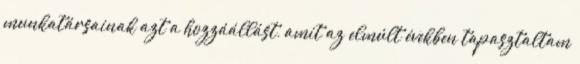
munkatársainak azt a hozzáállást, amit az elmúlt években tapasztaltam